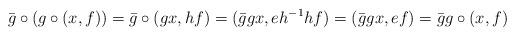
LaTeX: \begin{align*}\bar{g} \circ (g \circ (x,f))= \bar{g} \circ (gx,hf)= (\bar{g}gx, eh^{-1}hf)=(\bar{g}gx, ef)= \bar{g}g \circ (x,f)\end{align*}